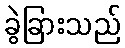
ခွဲခြားသည်